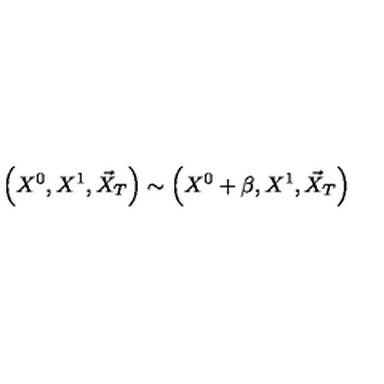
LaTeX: \left( X ^ { 0 } , X ^ { 1 } , \vec { X } _ { T } \right) \sim \left( X ^ { 0 } + \beta , X ^ { 1 } , \vec { X } _ { T } \right)